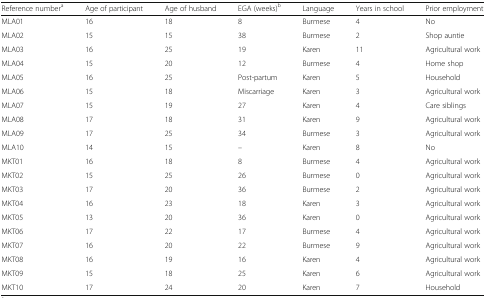
<table><thead><tr><td><b>Reference number<sup>a</sup></b></td><td><b>Age of participant</b></td><td><b>Age of husband</b></td><td><b>EGA (weeks)<sup>b</sup></b></td><td><b>Language</b></td><td><b>Years in school</b></td><td><b>Prior employment</b></td></tr></thead><tbody><tr><td>MLA01</td><td>16</td><td>18</td><td>8</td><td>Burmese</td><td>4</td><td>No</td></tr><tr><td>MLA02</td><td>15</td><td>15</td><td>38</td><td>Burmese</td><td>2</td><td>Shop auntie</td></tr><tr><td>MLA03</td><td>16</td><td>25</td><td>19</td><td>Karen</td><td>11</td><td>Agricultural work</td></tr><tr><td>MLA04</td><td>15</td><td>20</td><td>12</td><td>Burmese</td><td>4</td><td>Home shop</td></tr><tr><td>MLA05</td><td>16</td><td>25</td><td>Post-partum</td><td>Karen</td><td>5</td><td>Household</td></tr><tr><td>MLA06</td><td>15</td><td>18</td><td>Miscarriage</td><td>Karen</td><td>3</td><td>Agricultural work</td></tr><tr><td>MLA07</td><td>15</td><td>19</td><td>27</td><td>Karen</td><td>4</td><td>Care siblings</td></tr><tr><td>MLA08</td><td>17</td><td>18</td><td>31</td><td>Karen</td><td>9</td><td>Agricultural work</td></tr><tr><td>MLA09</td><td>17</td><td>25</td><td>34</td><td>Burmese</td><td>3</td><td>Agricultural work</td></tr><tr><td>MLA10</td><td>14</td><td>15</td><td>–</td><td>Karen</td><td>8</td><td>No</td></tr><tr><td>MKT01</td><td>16</td><td>18</td><td>8</td><td>Burmese</td><td>4</td><td>Agricultural work</td></tr><tr><td>MKT02</td><td>15</td><td>25</td><td>26</td><td>Burmese</td><td>0</td><td>Agricultural work</td></tr><tr><td>MKT03</td><td>17</td><td>20</td><td>36</td><td>Burmese</td><td>2</td><td>Agricultural work</td></tr><tr><td>MKT04</td><td>16</td><td>23</td><td>18</td><td>Karen</td><td>3</td><td>Agricultural work</td></tr><tr><td>MKT05</td><td>13</td><td>20</td><td>36</td><td>Karen</td><td>0</td><td>Agricultural work</td></tr><tr><td>MKT06</td><td>17</td><td>22</td><td>17</td><td>Burmese</td><td>4</td><td>Agricultural work</td></tr><tr><td>MKT07</td><td>16</td><td>20</td><td>22</td><td>Burmese</td><td>9</td><td>Agricultural work</td></tr><tr><td>MKT08</td><td>16</td><td>19</td><td>16</td><td>Karen</td><td>4</td><td>Agricultural work</td></tr><tr><td>MKT09</td><td>15</td><td>18</td><td>25</td><td>Karen</td><td>6</td><td>Agricultural work</td></tr><tr><td>MKT10</td><td>17</td><td>24</td><td>20</td><td>Karen</td><td>7</td><td>Household</td></tr></tbody></table>